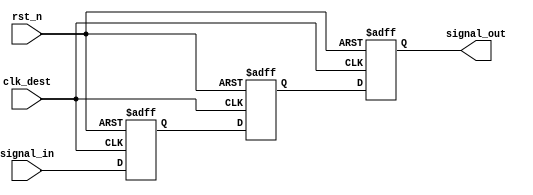
module signal_level_crossing_synchronizer #(
    parameter WIDTH = 1 // Width of the input signal
)(
    input  wire          clk_dest,    // Destination clock
    input  wire          rst_n,       // Asynchronous reset (active low)
    input  wire [WIDTH-1:0] signal_in, // Input signal from source clock domain
    output reg  [WIDTH-1:0] signal_out // Synchronized output signal
);

    // Internal signals for the synchronizer stages
    reg [WIDTH-1:0] sync_stage_1; // First stage of synchronization
    reg [WIDTH-1:0] sync_stage_2; // Second stage of synchronization

    // Synchronous process to handle the signal synchronization
    always @(posedge clk_dest or negedge rst_n) begin
        if (!rst_n) begin
            sync_stage_1 <= {WIDTH{1'b0}}; // Initialize first stage to 0
            sync_stage_2 <= {WIDTH{1'b0}}; // Initialize second stage to 0
            signal_out <= {WIDTH{1'b0}};    // Initialize output to 0
        end else begin
            sync_stage_1 <= signal_in;      // Sample input signal
            sync_stage_2 <= sync_stage_1;    // Pass to the second stage
            signal_out <= sync_stage_2;      // Output the synchronized signal
        end
    end

endmodule